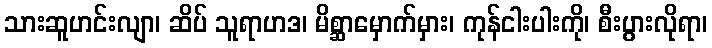
သားဆူဟင်းလျာ၊ ဆိပ် သူရာဟဒ၊ မိစ္ဆာမှောက်မှား၊ ကုန်ငါးပါးကို၊ စီးပွားလိုရာ၊